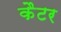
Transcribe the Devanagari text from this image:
कैटर